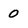
Character: 0